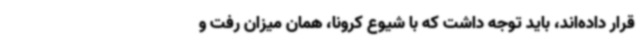
قرار داده‌اند، باید توجه داشت که با شیوع کرونا، همان میزان رفت و